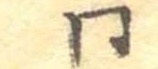
同